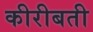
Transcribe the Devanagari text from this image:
कीरीबती